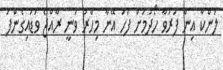
ލަންކާ އިން ފަރުވާ ހޯދުމަށް ފަހު އޭނާ މިހާރު ވަނީ ރާއްޖެ ވަޑައިގެންފަ